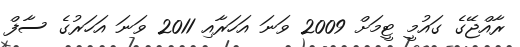
ރާއްޖޭގެ ގައުމީ ޓީމަށް 2009 ވަނަ އަހަރާއި 2011 ވަނަ އަހަރުގެ ސާފް